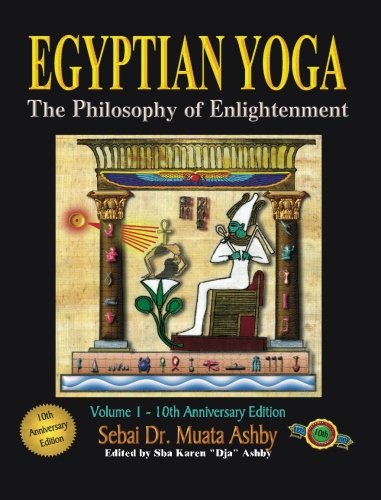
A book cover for Egyptian Yoga: The Philosophy of Enlightenment; Muata Ashby; History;